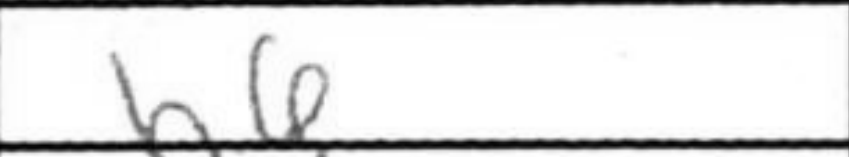
Transcription: h6